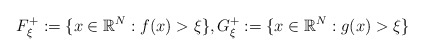
\begin{align*}F_{\xi }^{+}:=\{x\in \Bbb{R}^{N}:f(x)>\xi \},G_{\xi }^{+}:=\{x\in \Bbb{R}^{N}:g(x)>\xi \} \end{align*}